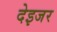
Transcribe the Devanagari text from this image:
देइजर